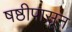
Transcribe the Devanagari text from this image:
षष्ठीपासून